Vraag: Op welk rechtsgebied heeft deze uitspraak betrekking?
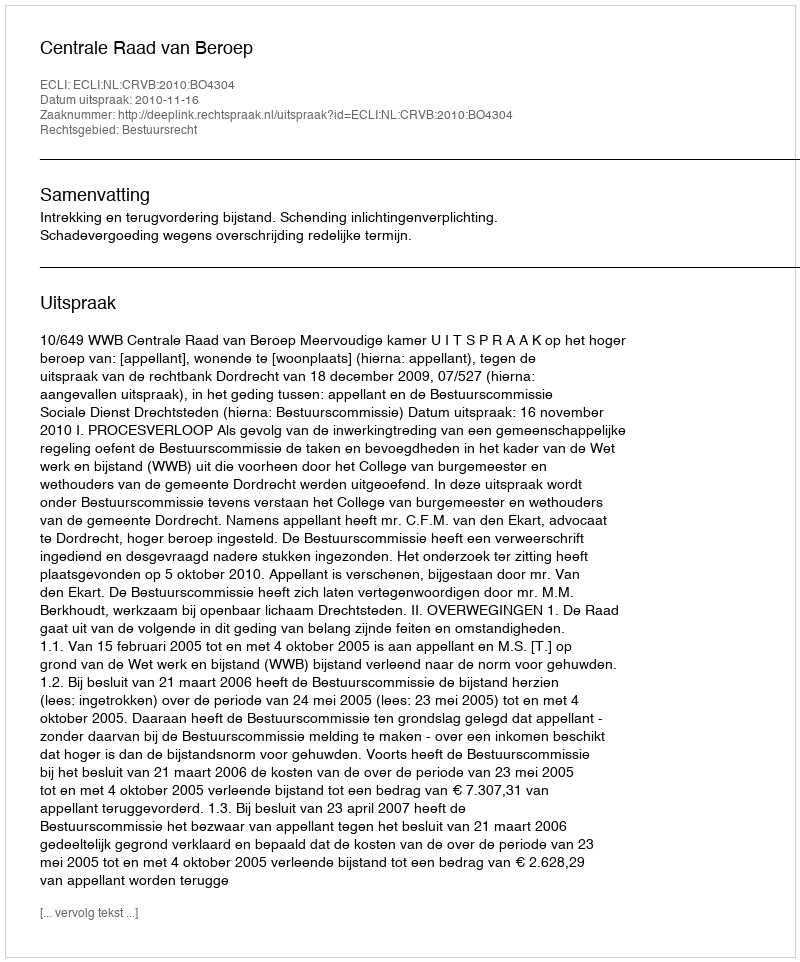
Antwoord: Bestuursrecht